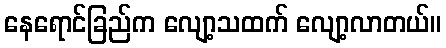
နေရောင်ခြည်က လျော့သထက် လျော့လာတယ်။